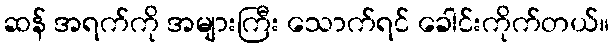
ဆန် အရက်ကို အများကြီး သောက်ရင် ခေါင်းကိုက်တယ်။